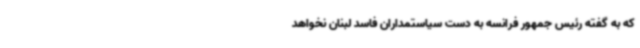
که به گفته رئیس جمهور فرانسه به دست سیاستمداران فاسد لبنان نخواهد